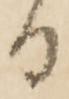
る